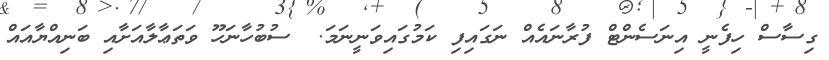
ގިސާސް ހިފެނީ އިނަސެންޓް ފުރާނައެއް ނަގައިފި ކަމުގައިވަނީނަމަ.  ސުބުހާނަހޫ ވަތަޢާލާއަށާއި ބަނިއްޔާއައް